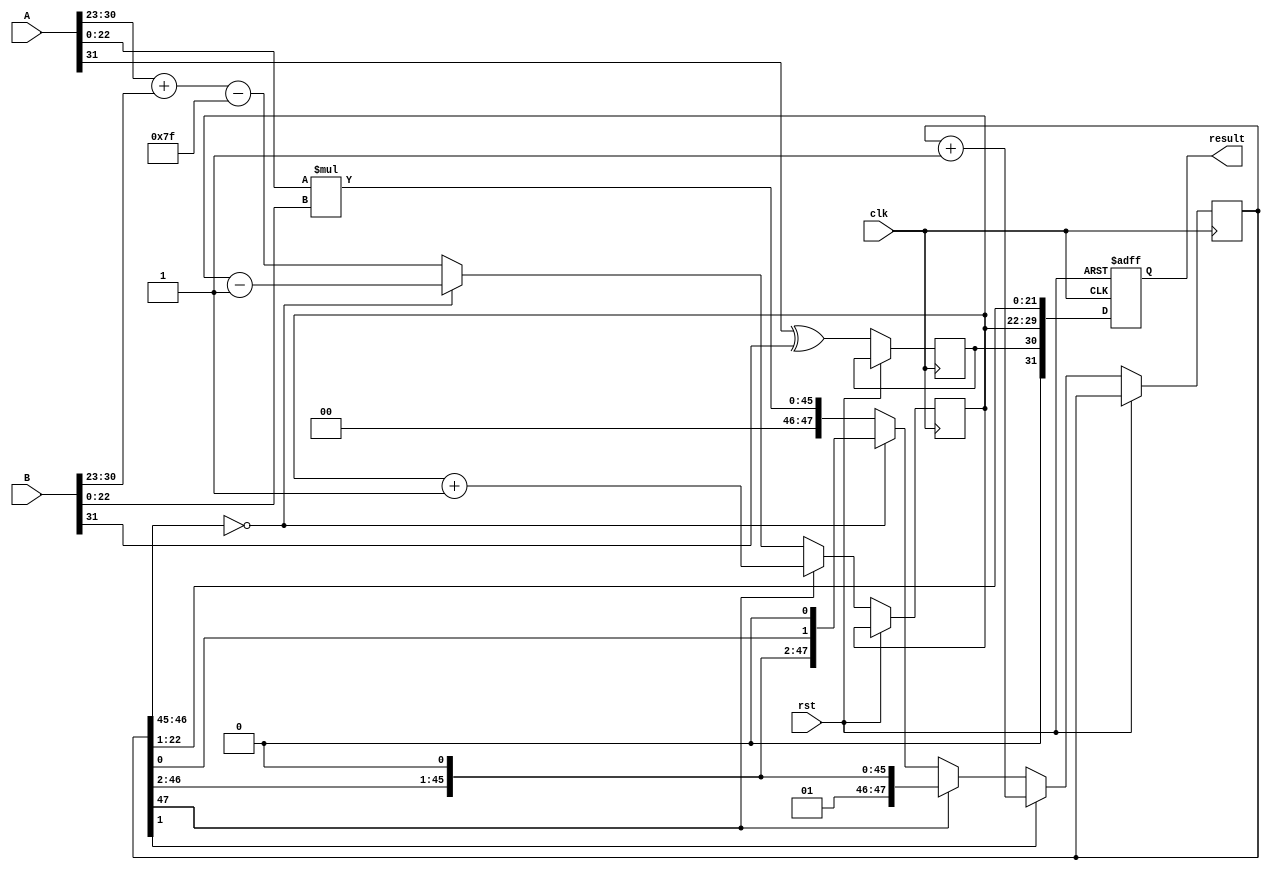
module radix4_fp_multiplier (
    input wire clk,
    input wire rst,
    input wire [31:0] A,  // First floating-point input
    input wire [31:0] B,  // Second floating-point input
    output reg [31:0] result // Resulting floating-point output
);

    // IEEE 754 components
    wire sign_A = A[31];
    wire [7:0] exponent_A = A[30:23];
    wire [22:0] mantissa_A = {1'b1, A[22:0]}; // Implicit leading 1 for normalized numbers

    wire sign_B = B[31];
    wire [7:0] exponent_B = B[30:23];
    wire [22:0] mantissa_B = {1'b1, B[22:0]}; // Implicit leading 1 for normalized numbers

    // Result components
    reg sign_result;
    reg [7:0] exponent_result;
    reg [47:0] mantissa_result; // 23 + 23 = 46 bits for multiplication, plus 1 for rounding

    // Bias for single precision
    localparam BIAS = 8'd127;

    // Radix-4 multiplication
    always @(posedge clk or posedge rst) begin
        if (rst) begin
            result <= 32'b0;
        end else begin
            // Sign calculation
            sign_result <= sign_A ^ sign_B;

            // Exponent calculation
            exponent_result <= (exponent_A + exponent_B) - BIAS;

            // Mantissa multiplication using Radix-4
            // Here we will use a simple multiplication for demonstration purposes
            // A full Radix-4 implementation would require more complex logic
            mantissa_result <= mantissa_A * mantissa_B;

            // Normalization
            if (mantissa_result[47]) begin
                // If the result is greater than 1.0, shift right
                mantissa_result <= mantissa_result >> 1;
                exponent_result <= exponent_result + 1;
            end else if (mantissa_result[46:45] == 2'b00) begin
                // If the result is less than 1.0, shift left
                mantissa_result <= mantissa_result << 1;
                exponent_result <= exponent_result - 1;
            end

            // Rounding (simple rounding to nearest)
            if (mantissa_result[1]) begin
                mantissa_result <= mantissa_result + 1;
            end

            // Assemble the result
            result <= {sign_result, exponent_result, mantissa_result[22:1]}; // Take the top 23 bits for the mantissa
        end
    end

endmodule